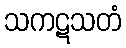
သကဋသတံ